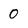
Character: 0